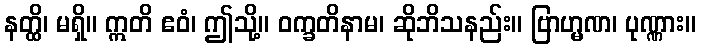
နတ္ထိ၊ မရှိ။ ဣတိ ဧဝံ၊ ဤသို့။ ဝက္ခတိနာမ၊ ဆိုဘိသနည်း။ ဗြာဟ္မဏ၊ ပုဏ္ဏား။